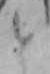
と